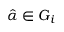
\hat { \alpha } \in G _ { i }